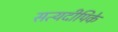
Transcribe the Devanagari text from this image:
सत्यदीपिके